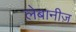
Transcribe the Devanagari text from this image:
लेबानीज़